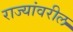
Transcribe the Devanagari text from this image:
राज्यांवरील